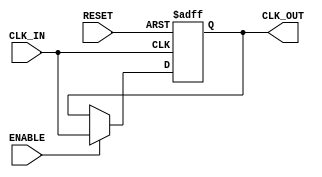
module ClockBuffer (
    input wire CLK_IN,         // Clock input
    output reg CLK_OUT,       // Clock output
    input wire ENABLE,        // Enable signal for power management
    input wire RESET          // Asynchronous reset
);

    // Parameters
    parameter PROPAGATION_DELAY = 1; // Propagation delay in time units (e.g., ns)

    // Internal signal for buffering
    reg clk_buf;

    // Clock buffering mechanism
    always @(posedge CLK_IN or posedge RESET) begin
        if (RESET) begin
            clk_buf <= 1'b0; // Reset the buffer
        end else if (ENABLE) begin
            clk_buf <= CLK_IN; // Buffer the input clock when enabled
        end
    end

    // Drive the output clock with a minimal propagation delay
    always @(clk_buf) begin
        #PROPAGATION_DELAY CLK_OUT = clk_buf; // Introduce propagation delay
    end

endmodule